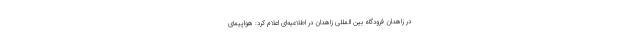
در زاهدان فرودگاه بین المللی زاهدان در اطلاعیه‌ای اعلام کرد: هواپیمای